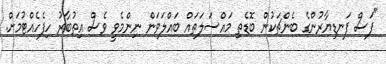
"ފަސް ފަނޑިޔާރުންގެ ބެންޗަކުން ބޮޑެތި މައްސަލަތައް ބައްލަވަން ނިންމެވީ ވެސް އިތުބާރު ހިފެހެއްޓުމަށް.